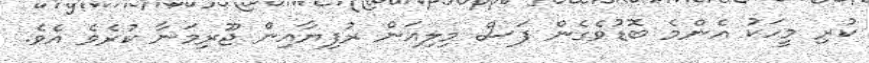
ކުރި މީހަކު އެންމެ ބޮޑުވެގެން ފަސް މިލިއަން ރުފިޔާއިން ޖޫރިމަނާ ކުރެވެ އެވެ.